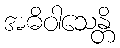
အဓိဝါသေန္တိ